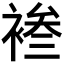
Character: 𫌄